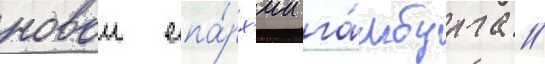
новои епа́рх'ии га́мбурга //